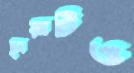
ছায়াটিও